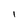
Character: I